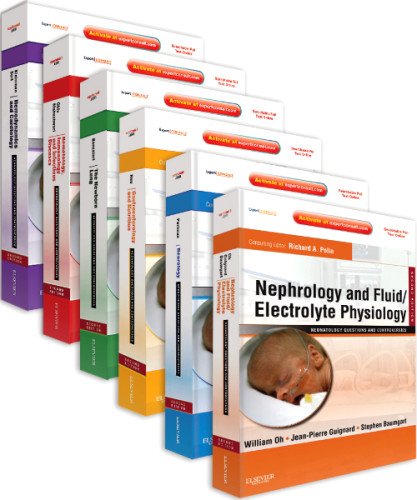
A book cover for Neonatology: Questions and Controversies Series 6-volume Series Package: Expert Consult - Online and Print, 2e (Neonatology: Questions & Controversies); Richard A. Polin MD; Medical Books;